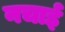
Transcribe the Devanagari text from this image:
नचाई